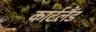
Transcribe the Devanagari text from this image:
कार्टलैंड